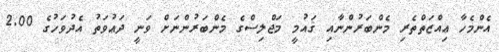
އެންމެހާ ޢިއްޒަތްތެރި މެންބަރުންނާއި ޤައުމީ މަޖްލިސްގެ މެންބަރުންނަށް ވަނީ ދަޢުވަތު އެދުވަހުގެ 2.00